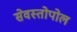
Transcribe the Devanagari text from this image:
सेवस्तोपोल